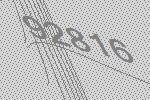
92816